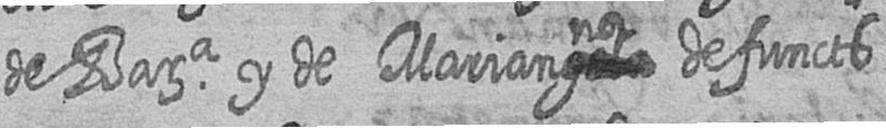
de Bara y de Marian#na defuncts